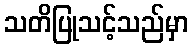
သတိပြုသင့်သည်မှာ